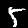
Digit: 5